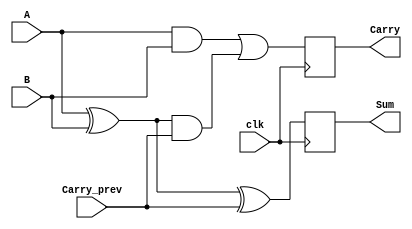
module Sequential_Half_Adder (
    input wire A,                    // Single-bit input A
    input wire B,                    // Single-bit input B
    input wire Carry_prev,           // Stored carry from the previous operation
    input wire clk,                  // Clock input
    output reg Sum,                  // Output for the sum
    output reg Carry                 // Output for the carry
);

    always @(posedge clk) begin
        // Calculate the Sum and Carry outputs
        Sum <= A ^ B ^ Carry_prev;                           // Sum = A XOR B XOR Carry_prev
        Carry <= (A & B) | ((A ^ B) & Carry_prev);          // Carry = (A AND B) OR ((A XOR B) AND Carry_prev)
    end

endmodule